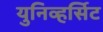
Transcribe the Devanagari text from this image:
युनिव्हर्सिट